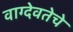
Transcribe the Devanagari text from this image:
वाग्देवतेचे